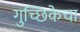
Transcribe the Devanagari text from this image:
गुच्छिकेचा